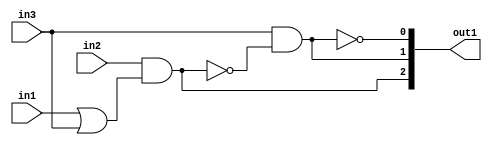
`timescale 1ps / 1ps
/*****************************************************************************
    Verilog RTL Description
    
    
    Created by: Stratus DpOpt 2019.1.01 
*******************************************************************************/

module GauFilter_gen_busy_r_1 (
	in1,
	in2,
	in3,
	out1
	); /* architecture "behavioural" */ 
input  in1,
	in2,
	in3;
output [2:0] out1;
wire  asc004,
	asc005,
	asc007,
	asc009;
wire [2:0] asc010;

assign asc005 = 
	(in1)
	|(in3);

assign asc004 = 
	(in2)
	&(asc005);

assign asc007 = 
	(in3)
	&((~asc004));

assign asc009 = 
	((~asc007));

assign asc010 = {asc004,asc007,asc009};

assign out1 = asc010;
endmodule

/* CADENCE  uLf5Tgo= : u9/ySgnWtBlWxVPRXgAZ4Og= ** DO NOT EDIT THIS LINE ******/